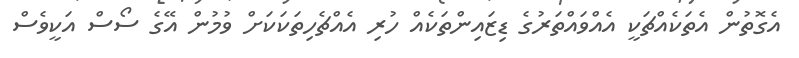
އެގޮތުން އެތަކެއްޗަކީ އެއްވައްތަރުގެ ޑިޒައިންތަކެއް ހުރި އެއްޗެހިތަކަކަށް ވުމުން އޭގެ ސޯސް އަކީވެސް